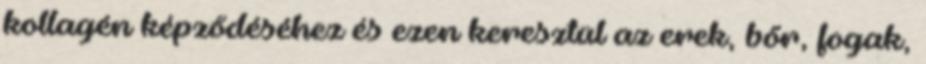
kollagén képződéséhez és ezen keresztül az erek, bőr, fogak,